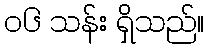
၀၆ သန်း ရှိသည်။